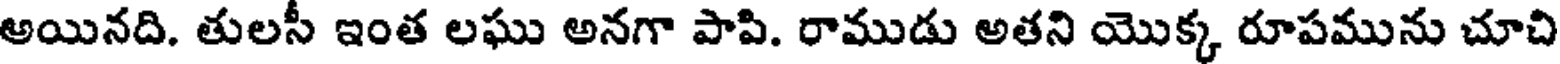
అయినది. తులసీ ఇంత లఘు అనగా పాపి. రాముడు అతని యొక్క రూపమును చూచి